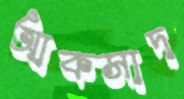
আকসাদ